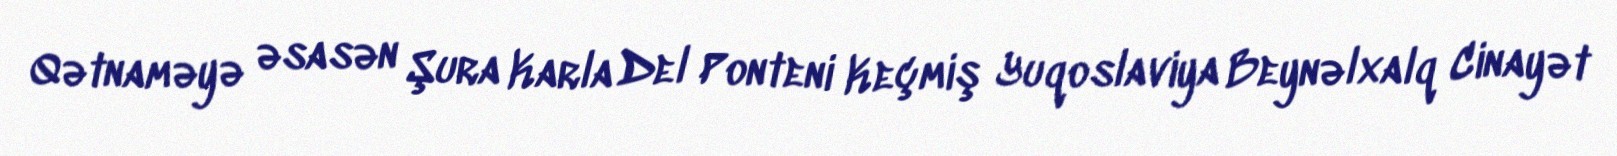
Qətnaməyə əsasən Şura Karla Del Ponteni Keçmiş Yuqoslaviya Beynəlxalq Cinayət